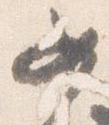
女